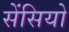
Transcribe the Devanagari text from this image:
सेंसियो